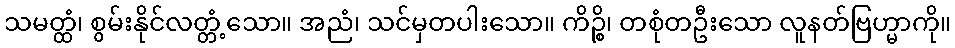
သမတ္ထံ၊ စွမ်းနိုင်လတ္တံ့သော။ အညံ၊ သင်မှတပါးသော။ ကိဉ္စိ၊ တစုံတဦးသော လူနတ်ဗြဟ္မာကို။